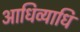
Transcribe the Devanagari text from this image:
आधिव्याधि